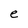
Character: e